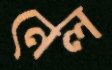
নেল